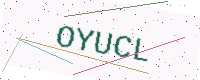
Text: OYUCL